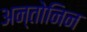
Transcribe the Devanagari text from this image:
अन्तोनिन